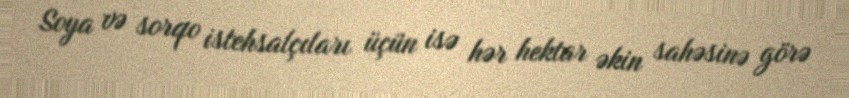
Soya və sorqo istehsalçıları üçün isə hər hektar əkin sahəsinə görə